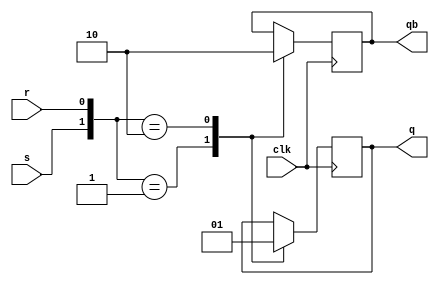
`timescale 1ns / 1ps
//////////////////////////////////////////////////////////////////////////////////
// Company: 
// Engineer: 
// 
// Design Name: 
// Module Name:    clock 
// Project Name: 
// Target Devices: 
// Tool versions: 
// Description: 
//
// Dependencies: 
//
// Revision: 
// Revision 0.01 - File Created
// Additional Comments: 
//
//////////////////////////////////////////////////////////////////////////////////
module clock(
    input s,
    input r,
    output reg q,
    output reg qb,
    input clk
    );
	 initial  begin q=0;qb=0;end
	 always @(posedge clk)
	 begin
	 casex ({s,r})
	 0: begin q=q; qb=qb; end
	 1: begin q=0; qb=1; end
	 2: begin q=1; qb=0;end
	 endcase
	 end
endmodule